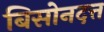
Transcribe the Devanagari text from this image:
बिसोनदत्त